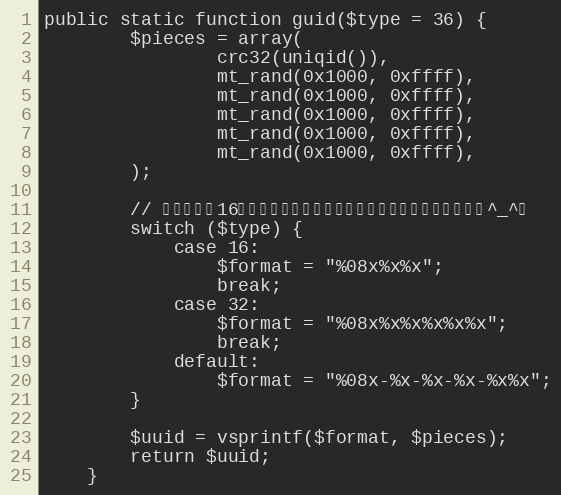
Language: PHP
public static function guid($type = 36) {
		$pieces = array(
				crc32(uniqid()),
				mt_rand(0x1000, 0xffff),
				mt_rand(0x1000, 0xffff),
				mt_rand(0x1000, 0xffff),
				mt_rand(0x1000, 0xffff),
				mt_rand(0x1000, 0xffff),
		);

		// 返回小写的16进制字符串（大写对密集型恐惧症人有更大的压迫感^_^）
		switch ($type) {
			case 16:
				$format = "%08x%x%x";
				break;
			case 32:
				$format = "%08x%x%x%x%x%x";
				break;
			default:
				$format = "%08x-%x-%x-%x-%x%x";
		}

		$uuid = vsprintf($format, $pieces);
		return $uuid;
	}